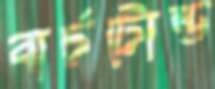
বার্চটোল্ড